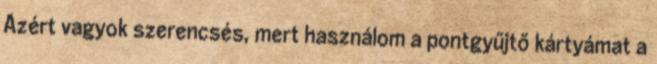
Azért vagyok szerencsés, mert használom a pontgyűjtő kártyámat a